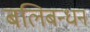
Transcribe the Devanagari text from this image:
बलिबन्धन